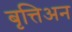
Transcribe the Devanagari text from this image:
बृत्तिअन